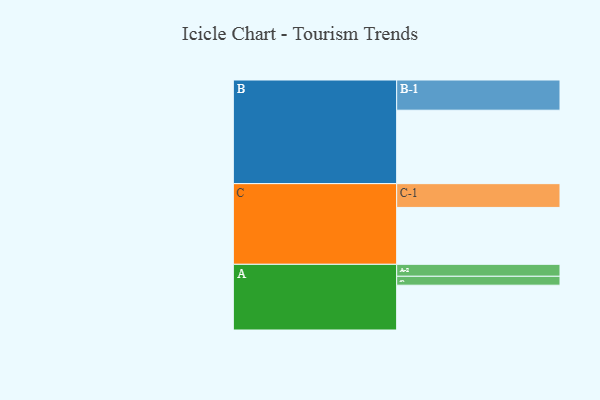
{"axis": {"x": "Segment", "y": "Value"}, "legend": ["", "A", "B", "C"], "data": [{"x": "A", "y": 341, "type": ""}, {"x": "B", "y": 559, "type": ""}, {"x": "C", "y": 433, "type": ""}, {"x": "A-1", "y": 68, "type": "A"}, {"x": "A-2", "y": 91, "type": "A"}, {"x": "B-1", "y": 230, "type": "B"}, {"x": "C-1", "y": 181, "type": "C"}]}